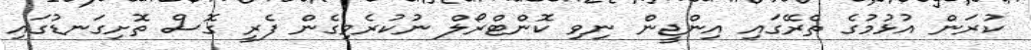
ކުރަން އުޅުމުގެ ތެރޭގައި އިންޖީން ނިވި ކޮންޓްރޯލް ނުކުރެވިގެން ފެރީ ގޮސް ތޮށިގަނޑުގައި